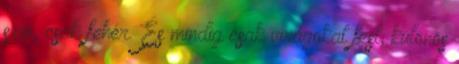
szín, csak fehér. És mindig csak virágokat fest, különös